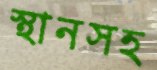
স্থানসহ